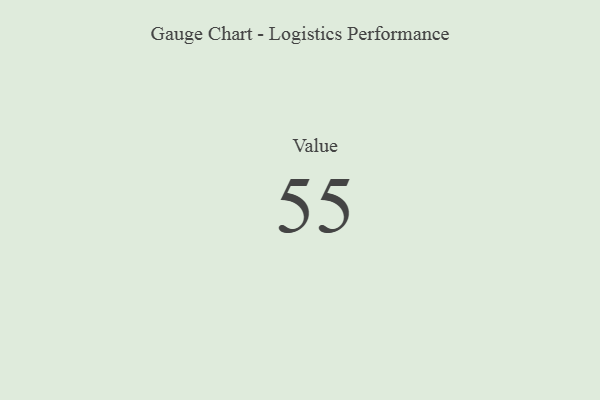
{"axis": {"x": "Metric", "y": "Value"}, "legend": [""], "data": [{"x": "Value", "y": 55, "type": ""}]}